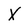
Character: x